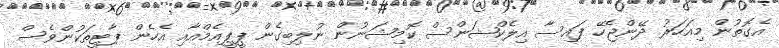
އެގޮތުން މިއަހަރު ދޭންޖެހޭ ފައިސާ އިލެކްޝަންސް ކޮމިޝަނުން ނުލިބިގެން ޕީޕީއެމްއާއި އެހެން ޕާޓީތަކުންވެސް